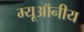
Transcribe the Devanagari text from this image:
म्यूऑनीय